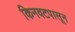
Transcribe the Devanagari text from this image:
किनवटपासून